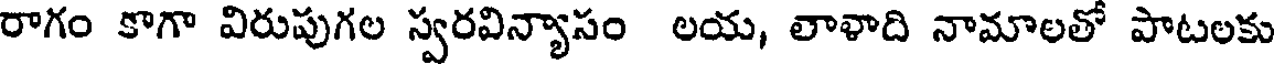
రాగం కాగా విరుపుగల స్వరవిన్యాసం లయ, లాళాది నామాలతో పాటలకు